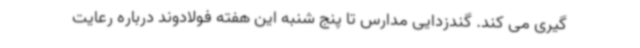
گیری می کند. گندزدایی مدارس تا پنج شنبه این هفته فولادوند درباره رعایت